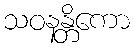
သဝနန္တိကော